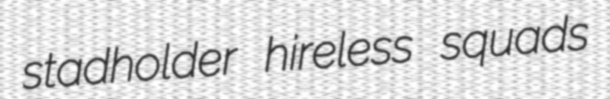
stadholder hireless squads